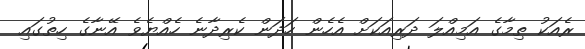
ރެއަކު ތިމާގެ އަމިއްލަ ދަރިއަކަށް އެހެން ހަދަން ކެރިދާނެ ހެއްޔެވެ އޭނާގެ ހިތުގައި